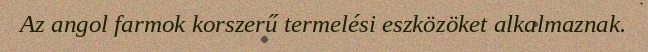
Az angol farmok korszerű termelési eszközöket alkalmaznak.